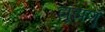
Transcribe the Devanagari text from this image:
झूंझणूं